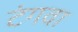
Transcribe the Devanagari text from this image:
टंगवा